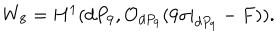
W _ { 8 } = H ^ { 1 } ( d P _ { 9 } , { \cal O } _ { d P _ { 9 } } ( 9 \sigma | _ { d P _ { 9 } } - F ) ) .